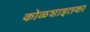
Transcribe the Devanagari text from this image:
कोळशाइतका